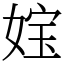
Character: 𡝬